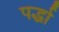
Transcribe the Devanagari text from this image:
पर्द्धा